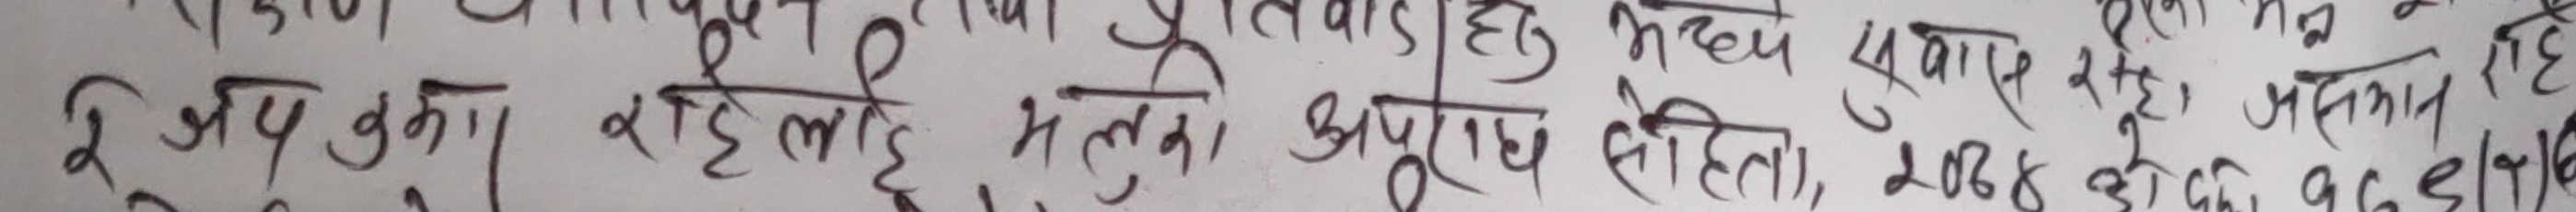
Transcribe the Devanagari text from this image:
फि उप कुना रही लहि म तुल अपराध सेती 2088 छ 196